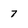
Character: 7